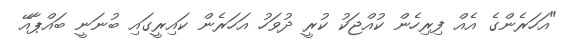
"އަހަރެންގެ އެއް ފިރިހެން ކުއްޖަކު ކުރީ ދުވަހު އަހަރެން ކައިރީގައި ބުނަނީ ބައްޕާއޭ